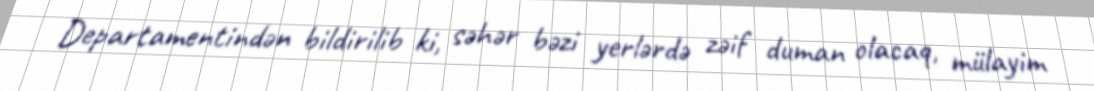
Departamentindən bildirilib ki, səhər bəzi yerlərdə zəif duman olacaq, mülayim